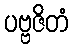
ပဗ္ဗဇိတံ